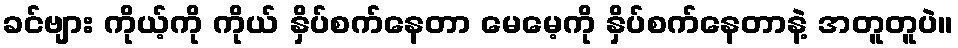
ခင်ဗျား ကိုယ့်ကို ကိုယ် နှိပ်စက်နေတာ မေမေ့ကို နှိပ်စက်နေတာနဲ့ အတူတူပဲ။